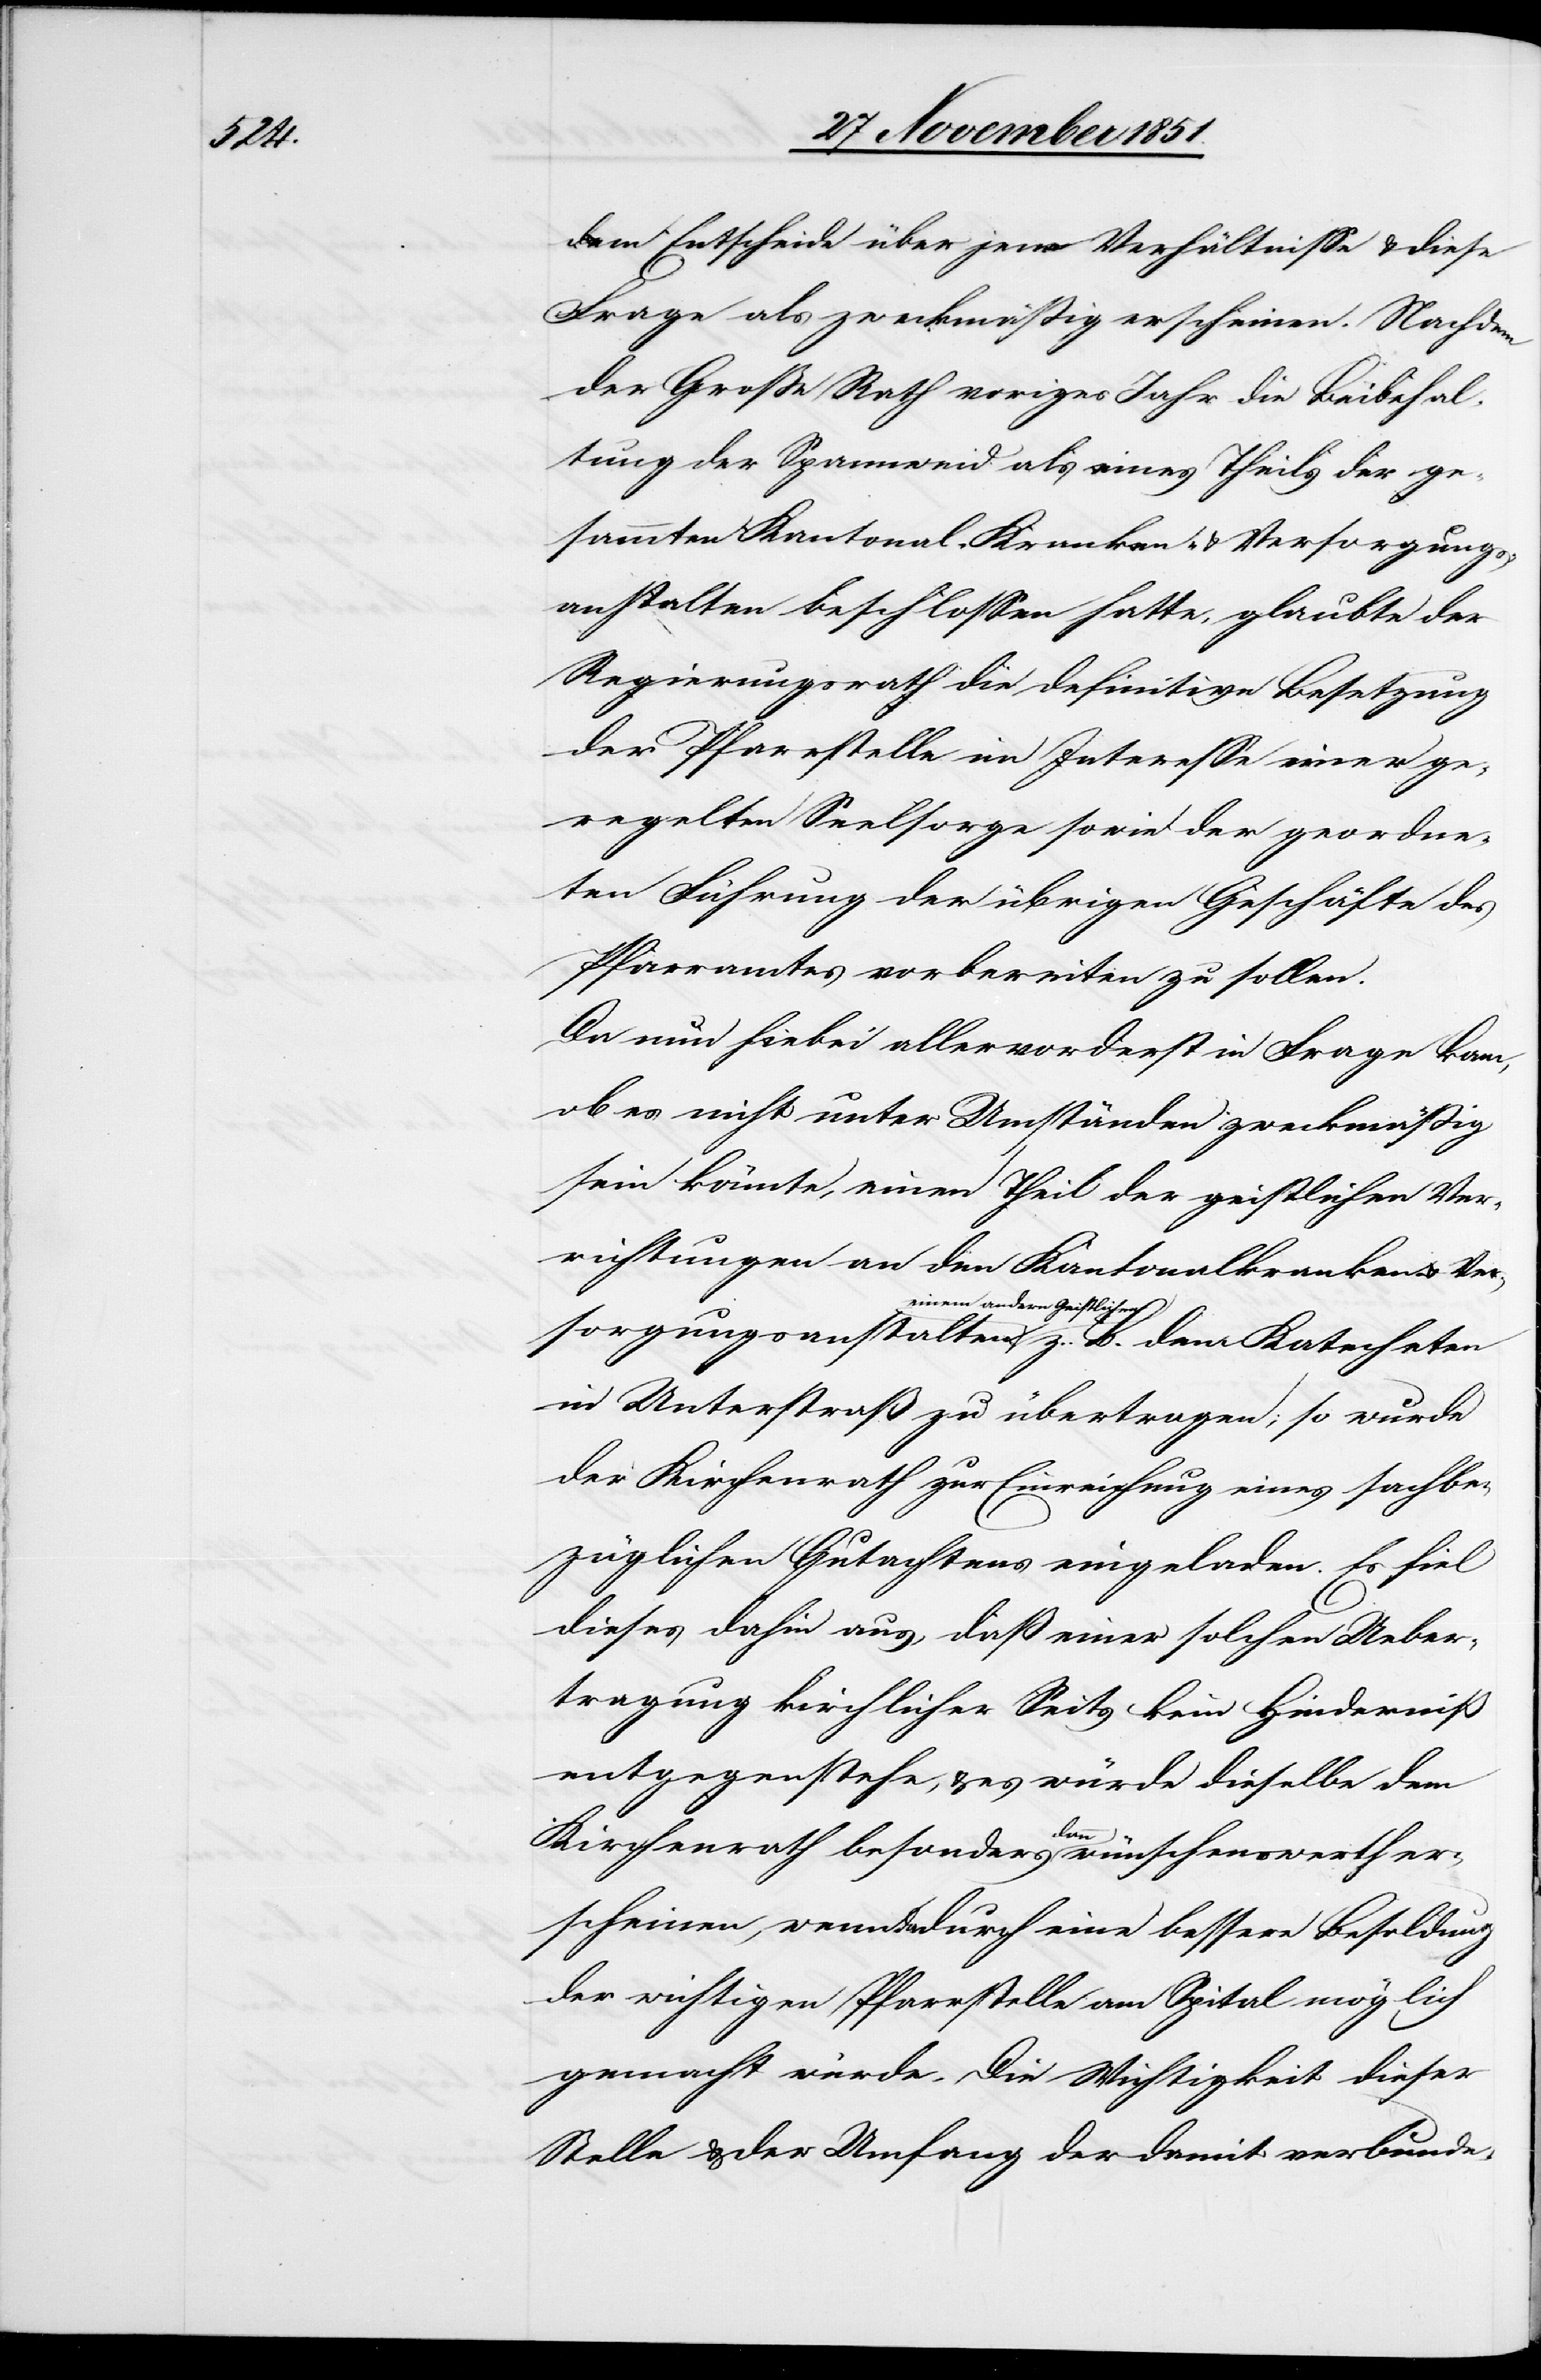
dem Entscheide über jene Verhältnisse & diese
Frage als zweckmäßig erscheinen. Nachdem
der Große Rath voriges Jahr die Beibehal¬
tung der Spannweid als eines Theils der ge¬
sammten Kantonal-Kranken- & Versorgungs¬
anstalten beschlossen hatte, glaubte der
Regierungsrath die definitive Besetzung
der Pfarrstelle im Interesse einer ge¬
regelten Seelsorge sowie der geordne¬
ten Führung der übrigen Geschäfte des
Pfarramtes vorbereiten zu sollen.
Da nun hiebei allervorderst in Frage kam,
ob es nicht unter Umständen zweckmäßig
sein könnte, einen Theil der geistlichen Ver¬
richtungen an den Kantonalkranken- &
einem andern Geistlichen
B.
in Unterstraß zu übertragen; so wurde
der Kirchenrath zur Einreichung eines sachbe¬
züglichen Gutachtens eingeladen. Es fiel
dieses dahin aus, daß einer solchen Ueber¬
tragung kirchlicher Seits kein Hinderniß
entgegenstehe, & es würde dieselbe dem
dem
Kirchenrath besonders dann wünschenswerth er¬
scheinen, wenn dadurch eine bessere Besoldung
der wichtigen Pfarrstelle am Spital möglich
gemacht würde. Die Wichtigkeit dieser
Stelle & der Umfang der damit verbunde-